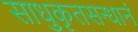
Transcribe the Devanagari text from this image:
साधुकृतसन्धानं